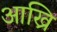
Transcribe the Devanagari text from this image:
आख्रि